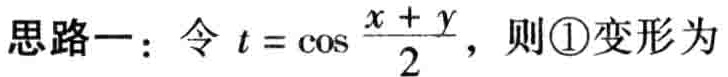
思路一：令 \(t = \cos\frac{x + y}{2}\)，则\textcircled{1}变形为